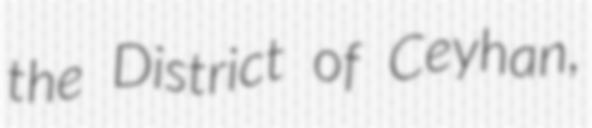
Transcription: the District of Ceyhan,